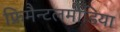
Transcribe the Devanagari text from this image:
फ्रिमैन्टलमीडिया